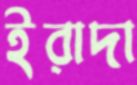
ইরাদা